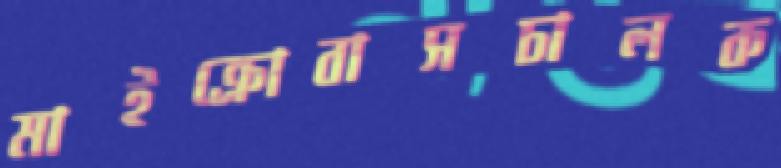
মাইক্রোবাসচালক